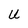
Character: U